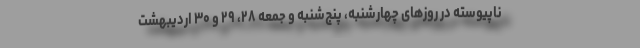
ناپیوسته در روزهای چهارشنبه، پنج‌شنبه و جمعه ۲۸، ۲۹ و ۳۰ اردیبهشت